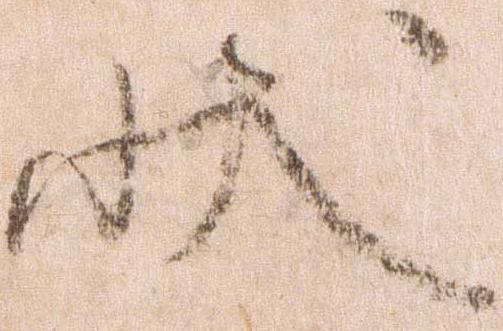
状